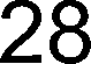
28